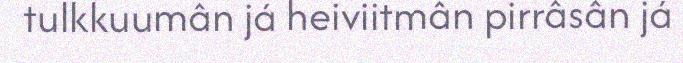
tulkkuumân já heiviitmân pirrâsân já